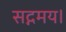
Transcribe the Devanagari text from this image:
सद्गमय।